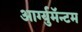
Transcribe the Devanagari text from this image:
आर्ग्युमॅन्टम